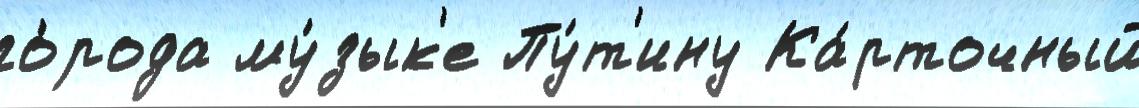
го́рода му́зык'е Пу́т'ину Ка́рточный